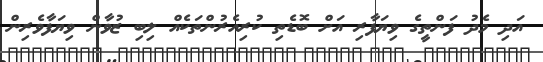
އަދި މެދު ފަންތީގެ ވިޔަފާރި އަށް ބޮޑެތި ކުރިއެރުންތަކެއް ލިބި ޒުވާން ވިޔަފާވެރިން